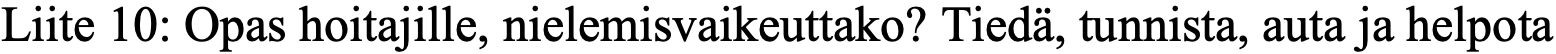
Liite 10: Opas hoitajille, nielemisvaikeuttako? Tiedä, tunnista, auta ja helpota